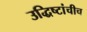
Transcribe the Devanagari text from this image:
उद्धिष्टांचीच